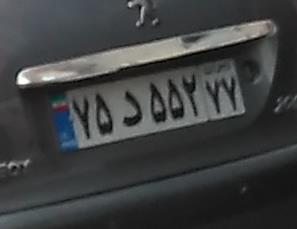
۷۵د۵۵۲۲۲